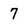
Character: 7